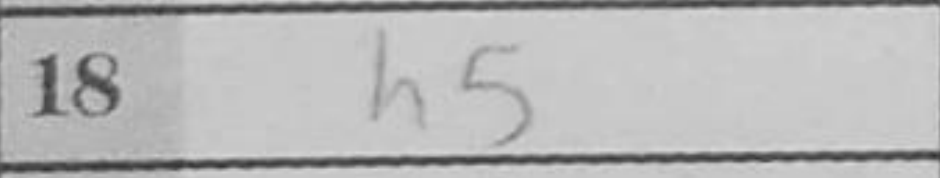
Transcription: h5